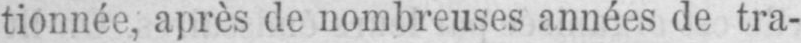
tionnée, après de nombreuses années de tra-